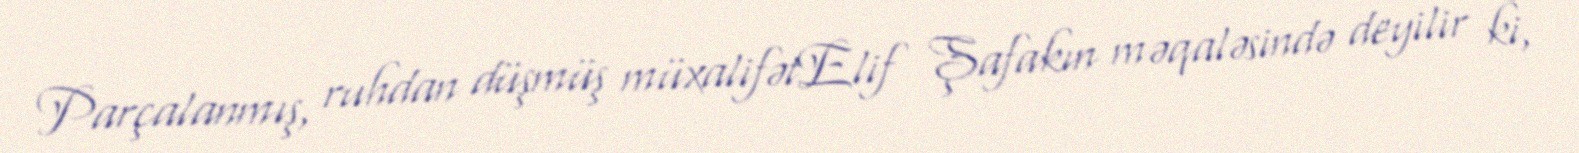
Parçalanmış, ruhdan düşmüş müxalifətElif Şafakın məqaləsində deyilir ki,